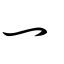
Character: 灬